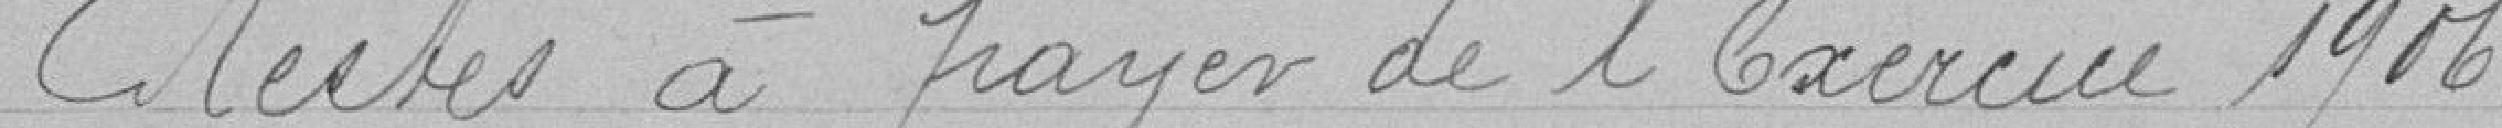
Restes à payer de l'exercice 1906